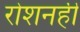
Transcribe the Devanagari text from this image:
रोशनही